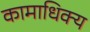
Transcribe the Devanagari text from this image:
कामाधिक्य